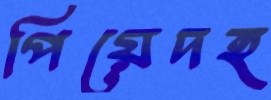
পিয়েদহ